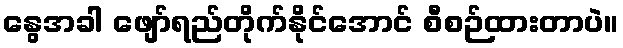
နွေအခါ ဖျော်ရည်တိုက်နိုင်အောင် စီစဉ်ထားတာပဲ။